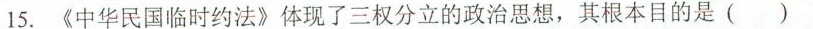
15.《中华民国临时约法》体现了三权分立的政治思想，其根本目的是()